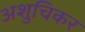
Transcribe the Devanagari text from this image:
अशुचिकर